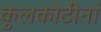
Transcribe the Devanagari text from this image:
कुलकोटीनां